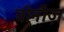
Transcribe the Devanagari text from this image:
वोनीज़